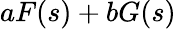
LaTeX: aF(s)+bG(s)